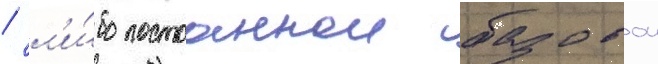
/ л'и́бо постоаннои базовои